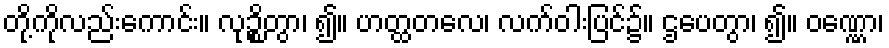
တို့ကိုလည်းကောင်း။ လုဉ္စိတွာ၊ ၍။ ဟတ္ထတလေ၊ လက်ဝါးပြင်၌။ ဌပေတွာ၊ ၍။ ဝဏ္ဏော၊